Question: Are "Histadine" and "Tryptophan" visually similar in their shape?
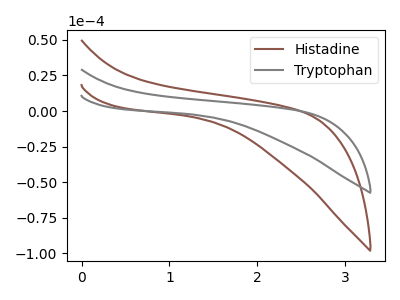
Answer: <think>The brown curve "Histadine" has no peaks. The gray curve "Tryptophan" has no peaks.
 Neither "Histadine" or "Tryptophan" have any peaks.</think>
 <answer>"Histadine" and "Tryptophan" are similar in shape.</answer>
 <eval>same_shape</eval>